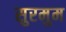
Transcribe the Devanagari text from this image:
सुरमुम